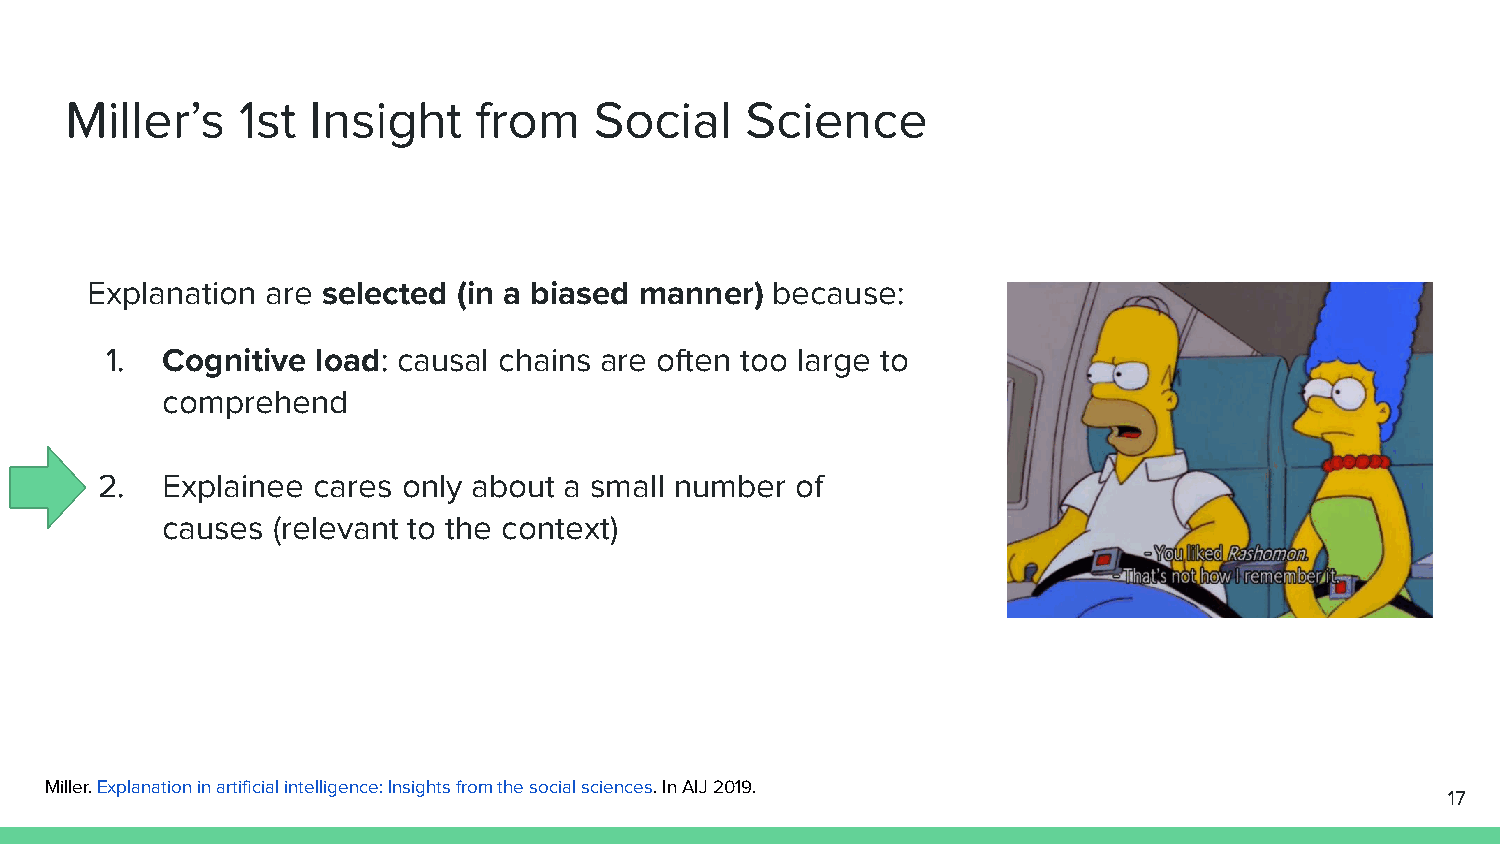
Miller’s    1st  Insight   from    Social    Science
 Explanation are selected (in a biased manner) because:
 1.  Cognitive load: causal chains are often too large to
 comprehend
 2.   Explainee cares only about a small number of
 causes (relevant to the context)
 Miller. Explanation in artificial intelligence: Insights from the social sciences. In AIJ 2019.
 17